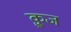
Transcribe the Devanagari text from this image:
क़्रूज